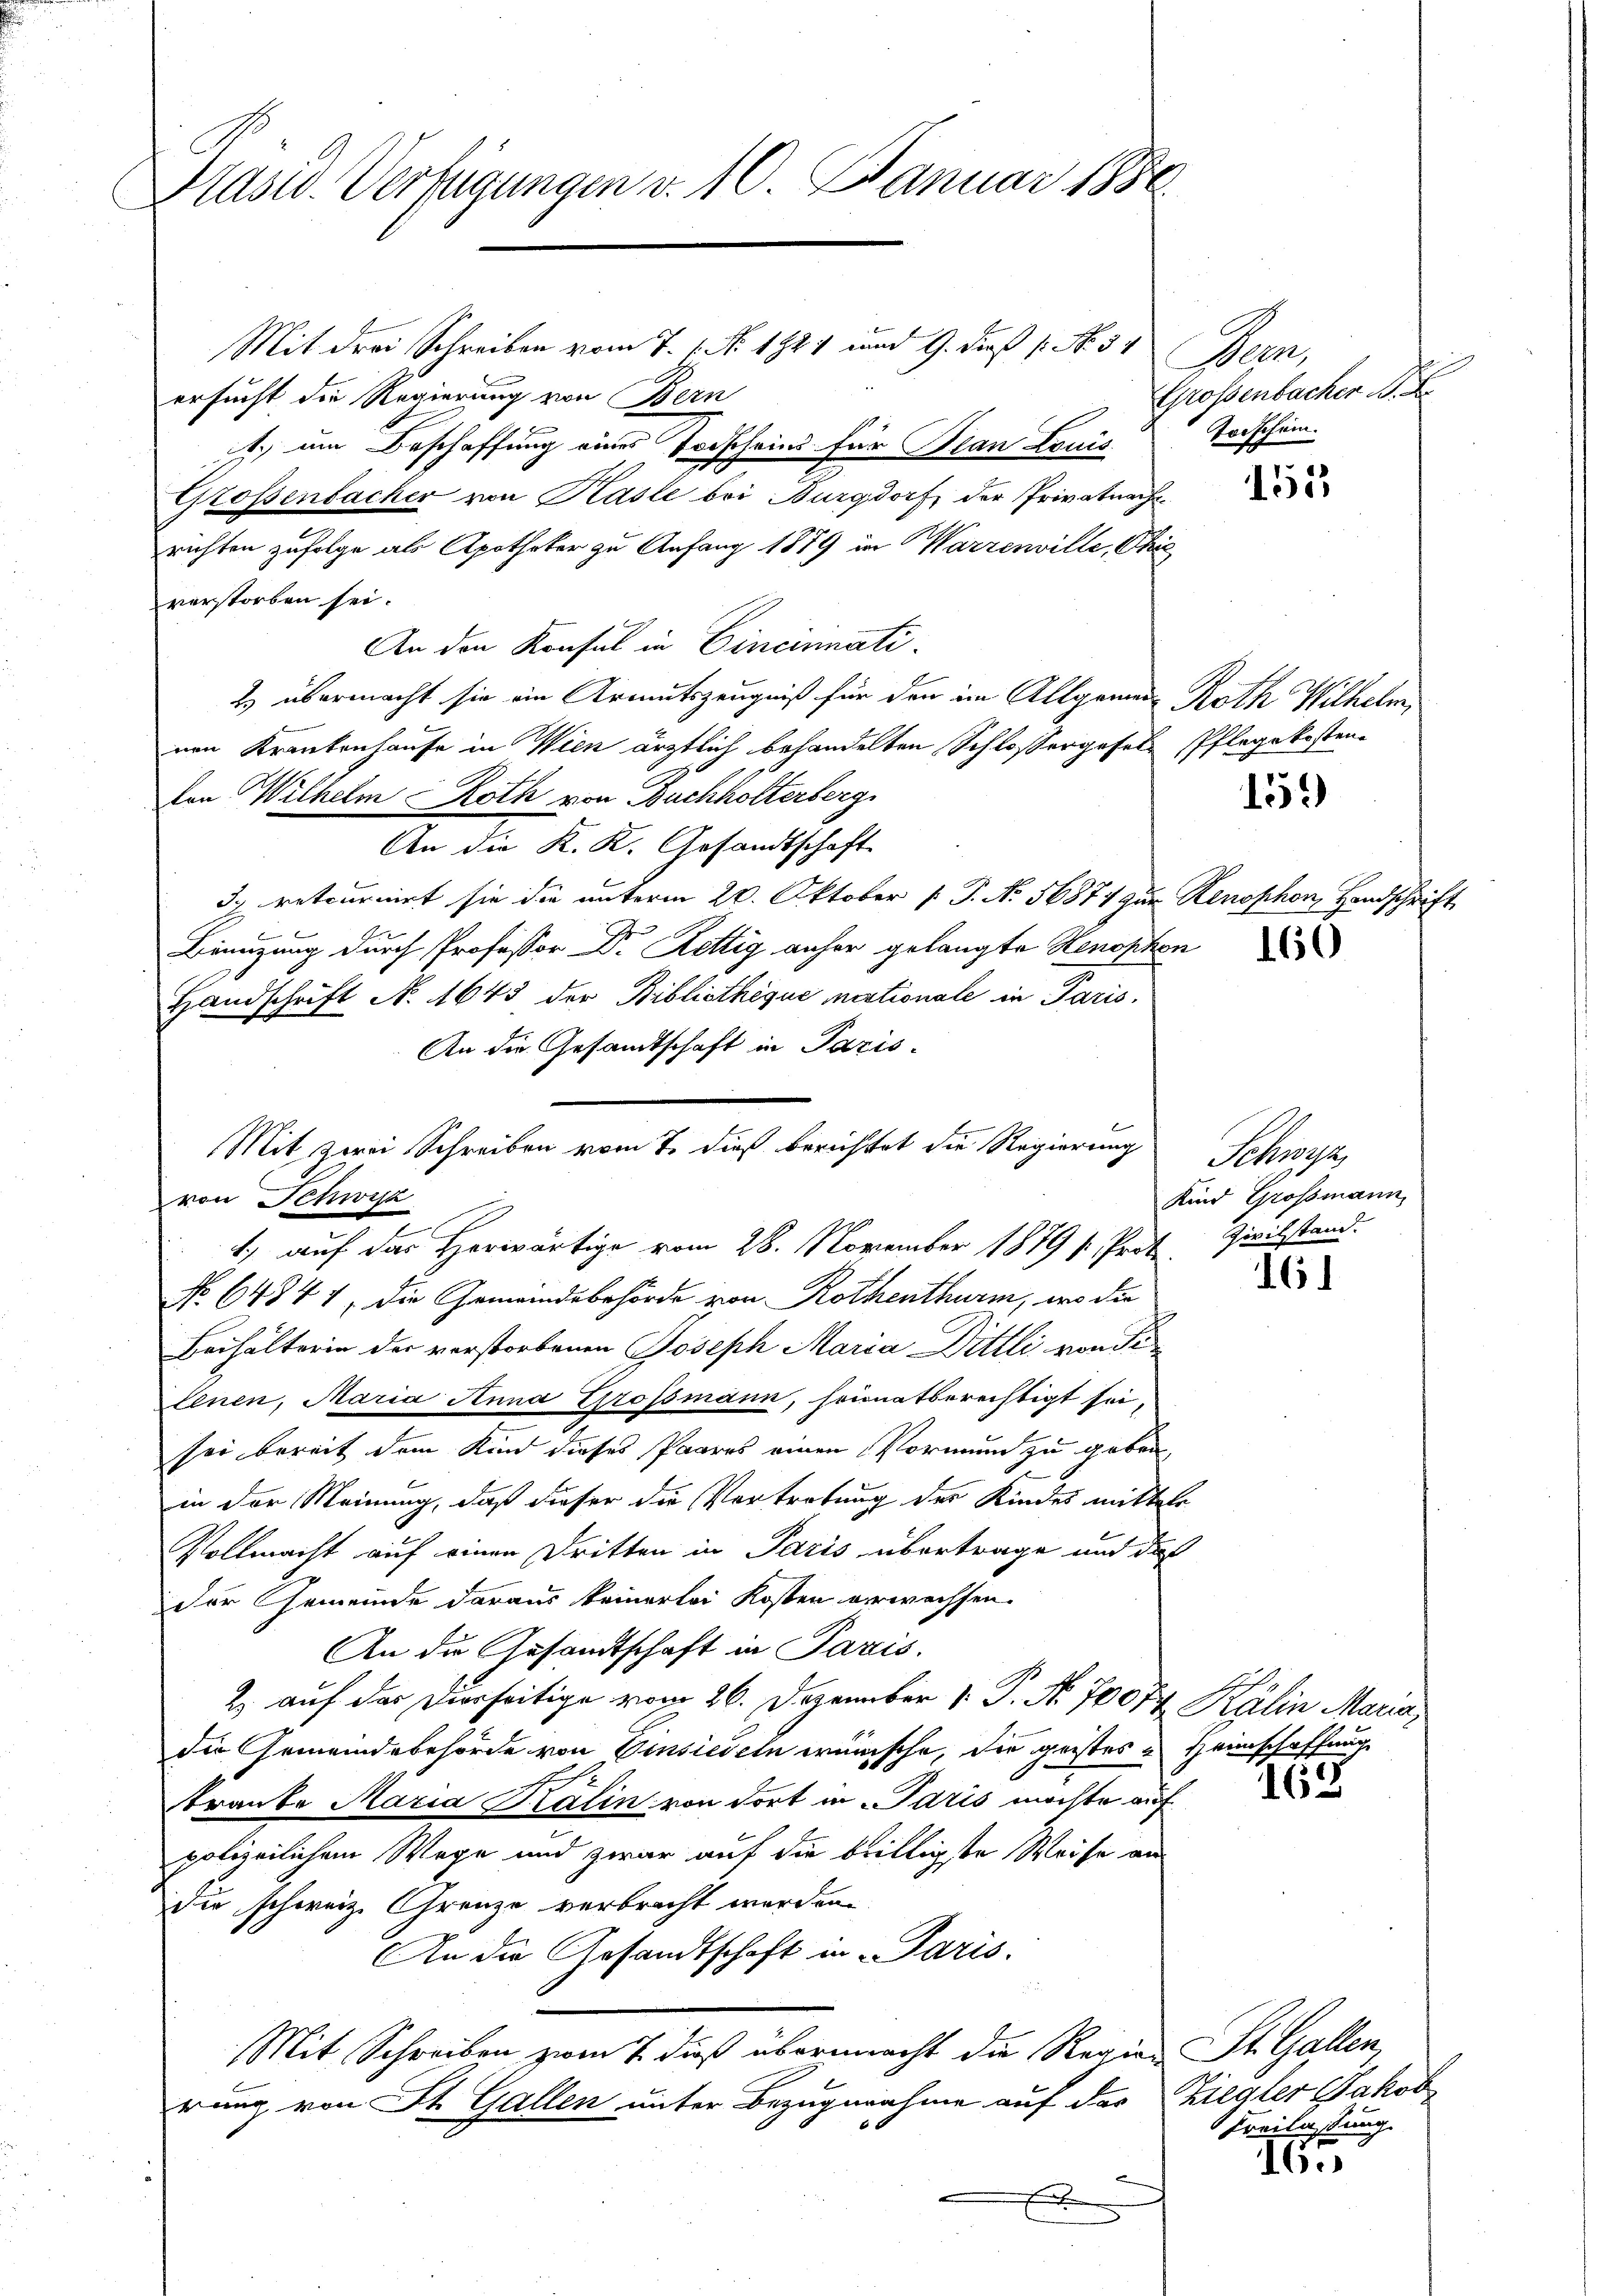
Präsid. Verfügungen v. 10. Januar 1886

Mit drei Schreiben vom 7. 1. No. 1821 und 9. dieß (N. 57 Bern,
ersucht die Regierung von Bern
. um Beschaffung eines Todscheins für Plan Louis Todschein.
Grossenbacher von Kasle bei Burgdorf, der Privatnach
richten zufolge als Apotheker zu Anfang 1879 in Warzenville, Chie
verstorben sei.
An den Konsul in Cincinnati
2 übermacht sie ein Armutszeugniß für den im Allgemein Roth Wilhelm,
von Krankenhause in Wien ärztlich behandelten Schlossergesele Pflegekosten
Von Wilhelm Roth von Buchholterberg
An die K. K. Gesandtschaft
d. retournirt sie die unterm 20. Oktober 1 P. No. 56874 zur Renophon, Handschrift
Bienzung durch Professor Dr. Rettig anher gelangte Renophon
Handschrift N. 1643 der Bibliotheque nationale in Paris.
An die Gesandtschaft in Paris-
Mit zwei Schreiben vom 7. dieß berichtet die Regierung
von Schwisz
1.) auf das Herwärtige vom 28. November 1879 s. Prote
No 64841 die Gemeindebehörde von Rothenthurm, wo die
Beihalterin der verstorbenen Joseph Maria Dittli von de
Senen, Maria Anna Grossmann, heimatberechtigt sei.
sei bereit dem Kind dieses Paares einen Vormund zu geben,
in der Meinung, daß dieser die Vertretung der Kindes mittels
Vollmacht auf einen Dritten in Paris übertrage und das
Der Gemeinde daraus keinerlei Kosten verwachsen.
An die Gesandtschaft in Paris.
2 auf der Dierseitige vom 26. Dezember 1. P. No. 70074 Kälin Maria,
die Gemeindebehörde von Einsiedeln wünsche, die geistes u Heimschaffung
tranke Maria Kälin von dort in Paris möchte auf
polizeilichem Wege und zwar auf die beilligste Weise an
die schweiz. Grenze verbracht worden.
An die Gesandtschaft in Paris.
Mit Schreiben zwei 7. dieß übermacht die Regien St. Gallen,
rung von St. Gallen unter Bezugnahme auf der Ziegler Jakob
E

Großenbacher A. E.

152

151)

160

Schwyz,
Kind Grossmann
Zivilstand.

161

162

Freilassung.

165